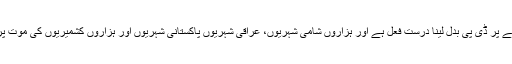
جب ان سے کہا جائے گا کہ چند فرانسیسی شہریوں کے مرنے پر ڈی پی بدل لینا درست فعل ہے اور ہزاروں شامی شہریوں، عراقی شہریوں پاکستانی شہریوں اور ہزاروں کشمیریوں کی موت پر خاموش رہنا درست عمل ہے تو یہ لوگ ایسا ہی کریں گے۔